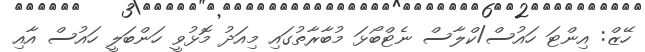
ހޭޒް: އިންޓަ ހައުސް/ކްލާސް ނެޓްބޯޅަ މުބާރާތުގައި މިއަދު މޮޅުވީ ހަންބަލީ ހައުސް އާއި